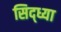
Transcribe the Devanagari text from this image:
सिद्ध्या